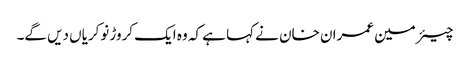
چیئرمین عمران خان نے کہا ہے کہ وہ ایک کروڑ نوکریاں دیں گے۔